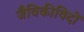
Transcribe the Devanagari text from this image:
जैविकीविदों